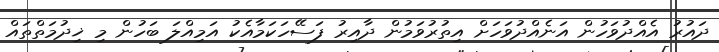
ދައުރު އެއްދުވަހުން އަނެއްދުވަހަށް އިތުރުވަމުން ދާއިރު ފަސޭހަކަމާއެކު އަމިއްލަ ބަހުން މި ޚިދުމަތްތައް